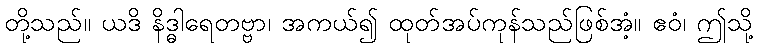
တို့သည်။ ယဒိ နိဒ္ဓါရေတဗ္ဗာ၊ အကယ်၍ ထုတ်အပ်ကုန်သည်ဖြစ်အံ့။ ဧဝံ၊ ဤသို့